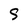
Character: S